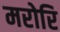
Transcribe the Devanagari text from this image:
मरोरि